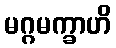
မဂ္ဂမက္ခာဟိ